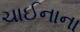
ચાઈનાના